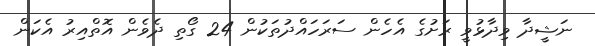
ނަޝީދާ ވިދާޅުވީ ރަށުގެ އެހެން ސަރަހައްދުތަކުން 24 ގޯތި ދެވެން އޮތްއިރު އެކަން